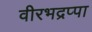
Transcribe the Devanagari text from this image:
वीरभद्रप्पा